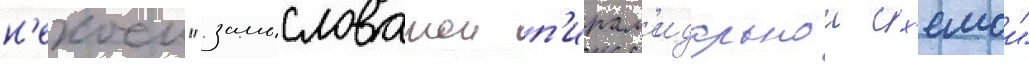
н'екоеи "замысловатои п'ирам'идальнои сх'емои"